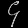
Digit: ၄